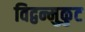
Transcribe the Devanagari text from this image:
विद्वन्मुकुट